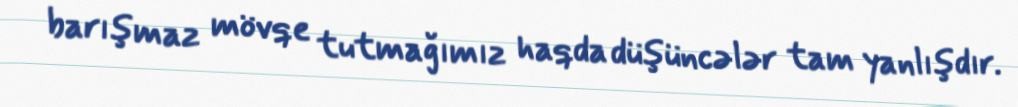
barışmaz mövqe tutmağımız haqda düşüncələr tam yanlışdır.